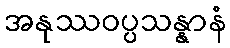
အနုဿဝပ္ပသန္နာနံ